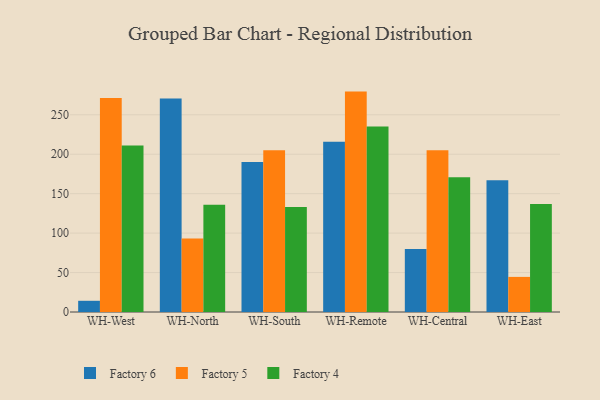
{"axis": {"x": "Warehouse", "y": "Satisfaction Score"}, "legend": ["Factory 4", "Factory 5", "Factory 6"], "data": [{"x": "WH-West", "y": 14.2, "type": "Factory 6"}, {"x": "WH-West", "y": 271.3, "type": "Factory 5"}, {"x": "WH-West", "y": 211.2, "type": "Factory 4"}, {"x": "WH-North", "y": 270.5, "type": "Factory 6"}, {"x": "WH-North", "y": 93.3, "type": "Factory 5"}, {"x": "WH-North", "y": 136.0, "type": "Factory 4"}, {"x": "WH-South", "y": 190.1, "type": "Factory 6"}, {"x": "WH-South", "y": 204.9, "type": "Factory 5"}, {"x": "WH-South", "y": 133.0, "type": "Factory 4"}, {"x": "WH-Remote", "y": 215.9, "type": "Factory 6"}, {"x": "WH-Remote", "y": 279.4, "type": "Factory 5"}, {"x": "WH-Remote", "y": 235.3, "type": "Factory 4"}, {"x": "WH-Central", "y": 80.0, "type": "Factory 6"}, {"x": "WH-Central", "y": 204.9, "type": "Factory 5"}, {"x": "WH-Central", "y": 170.8, "type": "Factory 4"}, {"x": "WH-East", "y": 167.1, "type": "Factory 6"}, {"x": "WH-East", "y": 44.5, "type": "Factory 5"}, {"x": "WH-East", "y": 136.9, "type": "Factory 4"}]}